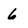
Character: 6